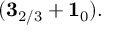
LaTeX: ( { \bf 3 } _ { 2 / 3 } + { \bf 1 } _ { 0 } ) .